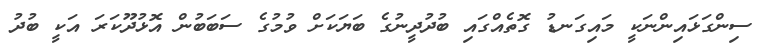
ސިންގަޅައިންނަކީ މައިގަނޑު ގޮތެއްގައި ބުދުދީނުގެ ބަޔަކަށް ވުމުގެ ސަބަބުން އޮޅުދޫކަރަ އަކީ ބުދު